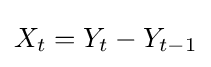
X_{t}=Y_{t}-Y_{t-1}